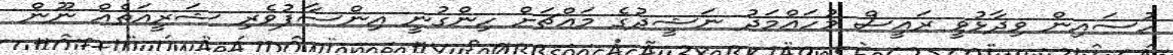
ހުސައިން ވިދާޅުވީ ރައީސް މުހައްމަަދު ނަޝީދުގެ މައްޗަށް ހިންގުނީ އިންސާފުވެރި ޝަރީއަތެއް ނޫން